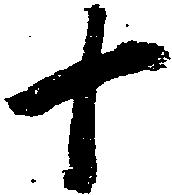
十